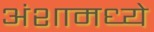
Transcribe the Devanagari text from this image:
अंशामध्ये